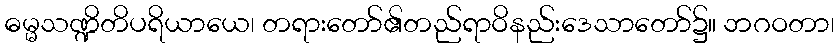
ဓမ္မသဏ္ဍိတိပရိယာယေ၊ တရားတော်၏တည်ရာဝိနည်းဒေသာတော်၌။ ဘဂဝတာ၊